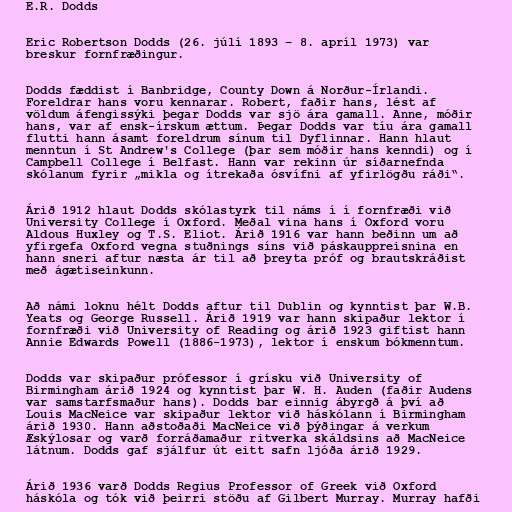
E.R. Dodds

Eric Robertson Dodds (26. júlí 1893 – 8. apríl 1973) var
breskur fornfræðingur.

Dodds fæddist í Banbridge, County Down á Norður-Írlandi.
Foreldrar hans voru kennarar. Robert, faðir hans, lést af
völdum áfengissýki þegar Dodds var sjö ára gamall. Anne, móðir
hans, var af ensk-írskum ættum. Þegar Dodds var tíu ára gamall
flutti hann ásamt foreldrum sínum til Dyflinnar. Hann hlaut
menntun í St Andrew's College (þar sem móðir hans kenndi) og í
Campbell College í Belfast. Hann var rekinn úr síðarnefnda
skólanum fyrir „mikla og ítrekaða ósvífni af yfirlögðu ráði“.

Árið 1912 hlaut Dodds skólastyrk til náms í í fornfræði við
University College í Oxford. Meðal vina hans í Oxford voru
Aldous Huxley og T.S. Eliot. Árið 1916 var hann beðinn um að
yfirgefa Oxford vegna stuðnings síns við páskauppreisnina en
hann sneri aftur næsta ár til að þreyta próf og brautskráðist
með ágætiseinkunn.

Að námi loknu hélt Dodds aftur til Dublin og kynntist þar W.B.
Yeats og George Russell. Árið 1919 var hann skipaður lektor í
fornfræði við University of Reading og árið 1923 giftist hann
Annie Edwards Powell (1886-1973), lektor í enskum bókmenntum.

Dodds var skipaður prófessor í grísku við University of
Birmingham árið 1924 og kynntist þar W. H. Auden (faðir Audens
var samstarfsmaður hans). Dodds bar einnig ábyrgð á því að
Louis MacNeice var skipaður lektor við háskólann í Birmingham
árið 1930. Hann aðstoðaði MacNeice við þýðingar á verkum
Æskýlosar og varð forráðamaður ritverka skáldsins að MacNeice
látnum. Dodds gaf sjálfur út eitt safn ljóða árið 1929.

Árið 1936 varð Dodds Regius Professor of Greek við Oxford
háskóla og tók við þeirri stöðu af Gilbert Murray. Murray hafði